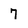
Character: 7